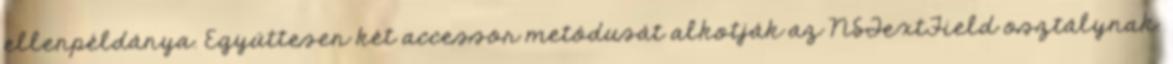
ellenpéldánya. Együttesen két accessor metódusát alkotják az NSTextField osztálynak.